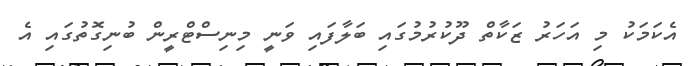
އެކަމަކު މި އަހަރު ޒަކާތް ދޫކުރުމުގައި ބަލާފައި ވަނީ މިނިސްޓްރީން ބުނިގޮތުގައި އެ